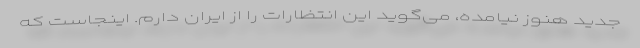
جدید هنوز نیامده، می‌گوید این انتظارات را از ایران دارم. اینجاست که